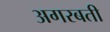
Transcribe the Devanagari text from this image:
अगरबती